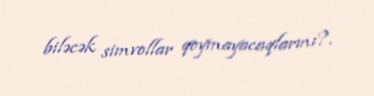
biləcək simvollar qoymayacaqlarmı?.